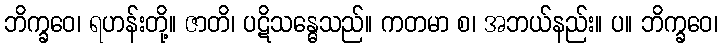
ဘိက္ခဝေ၊ ရဟန်းတို့။ ဇာတိ၊ ပဋိသန္ဓေသည်။ ကတမာ စ၊ အဘယ်နည်း။ ပ။ ဘိက္ခဝေ၊